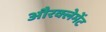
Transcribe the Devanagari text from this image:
औरक्लेमेंट